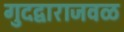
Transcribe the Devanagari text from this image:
गुदद्वाराजवळ